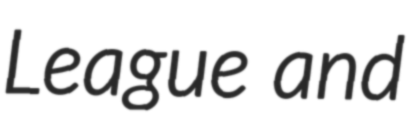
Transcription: League and